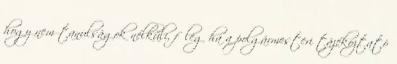
hogy nem tanulságok nélküli, főleg ha a polgármesteri tájékoztató